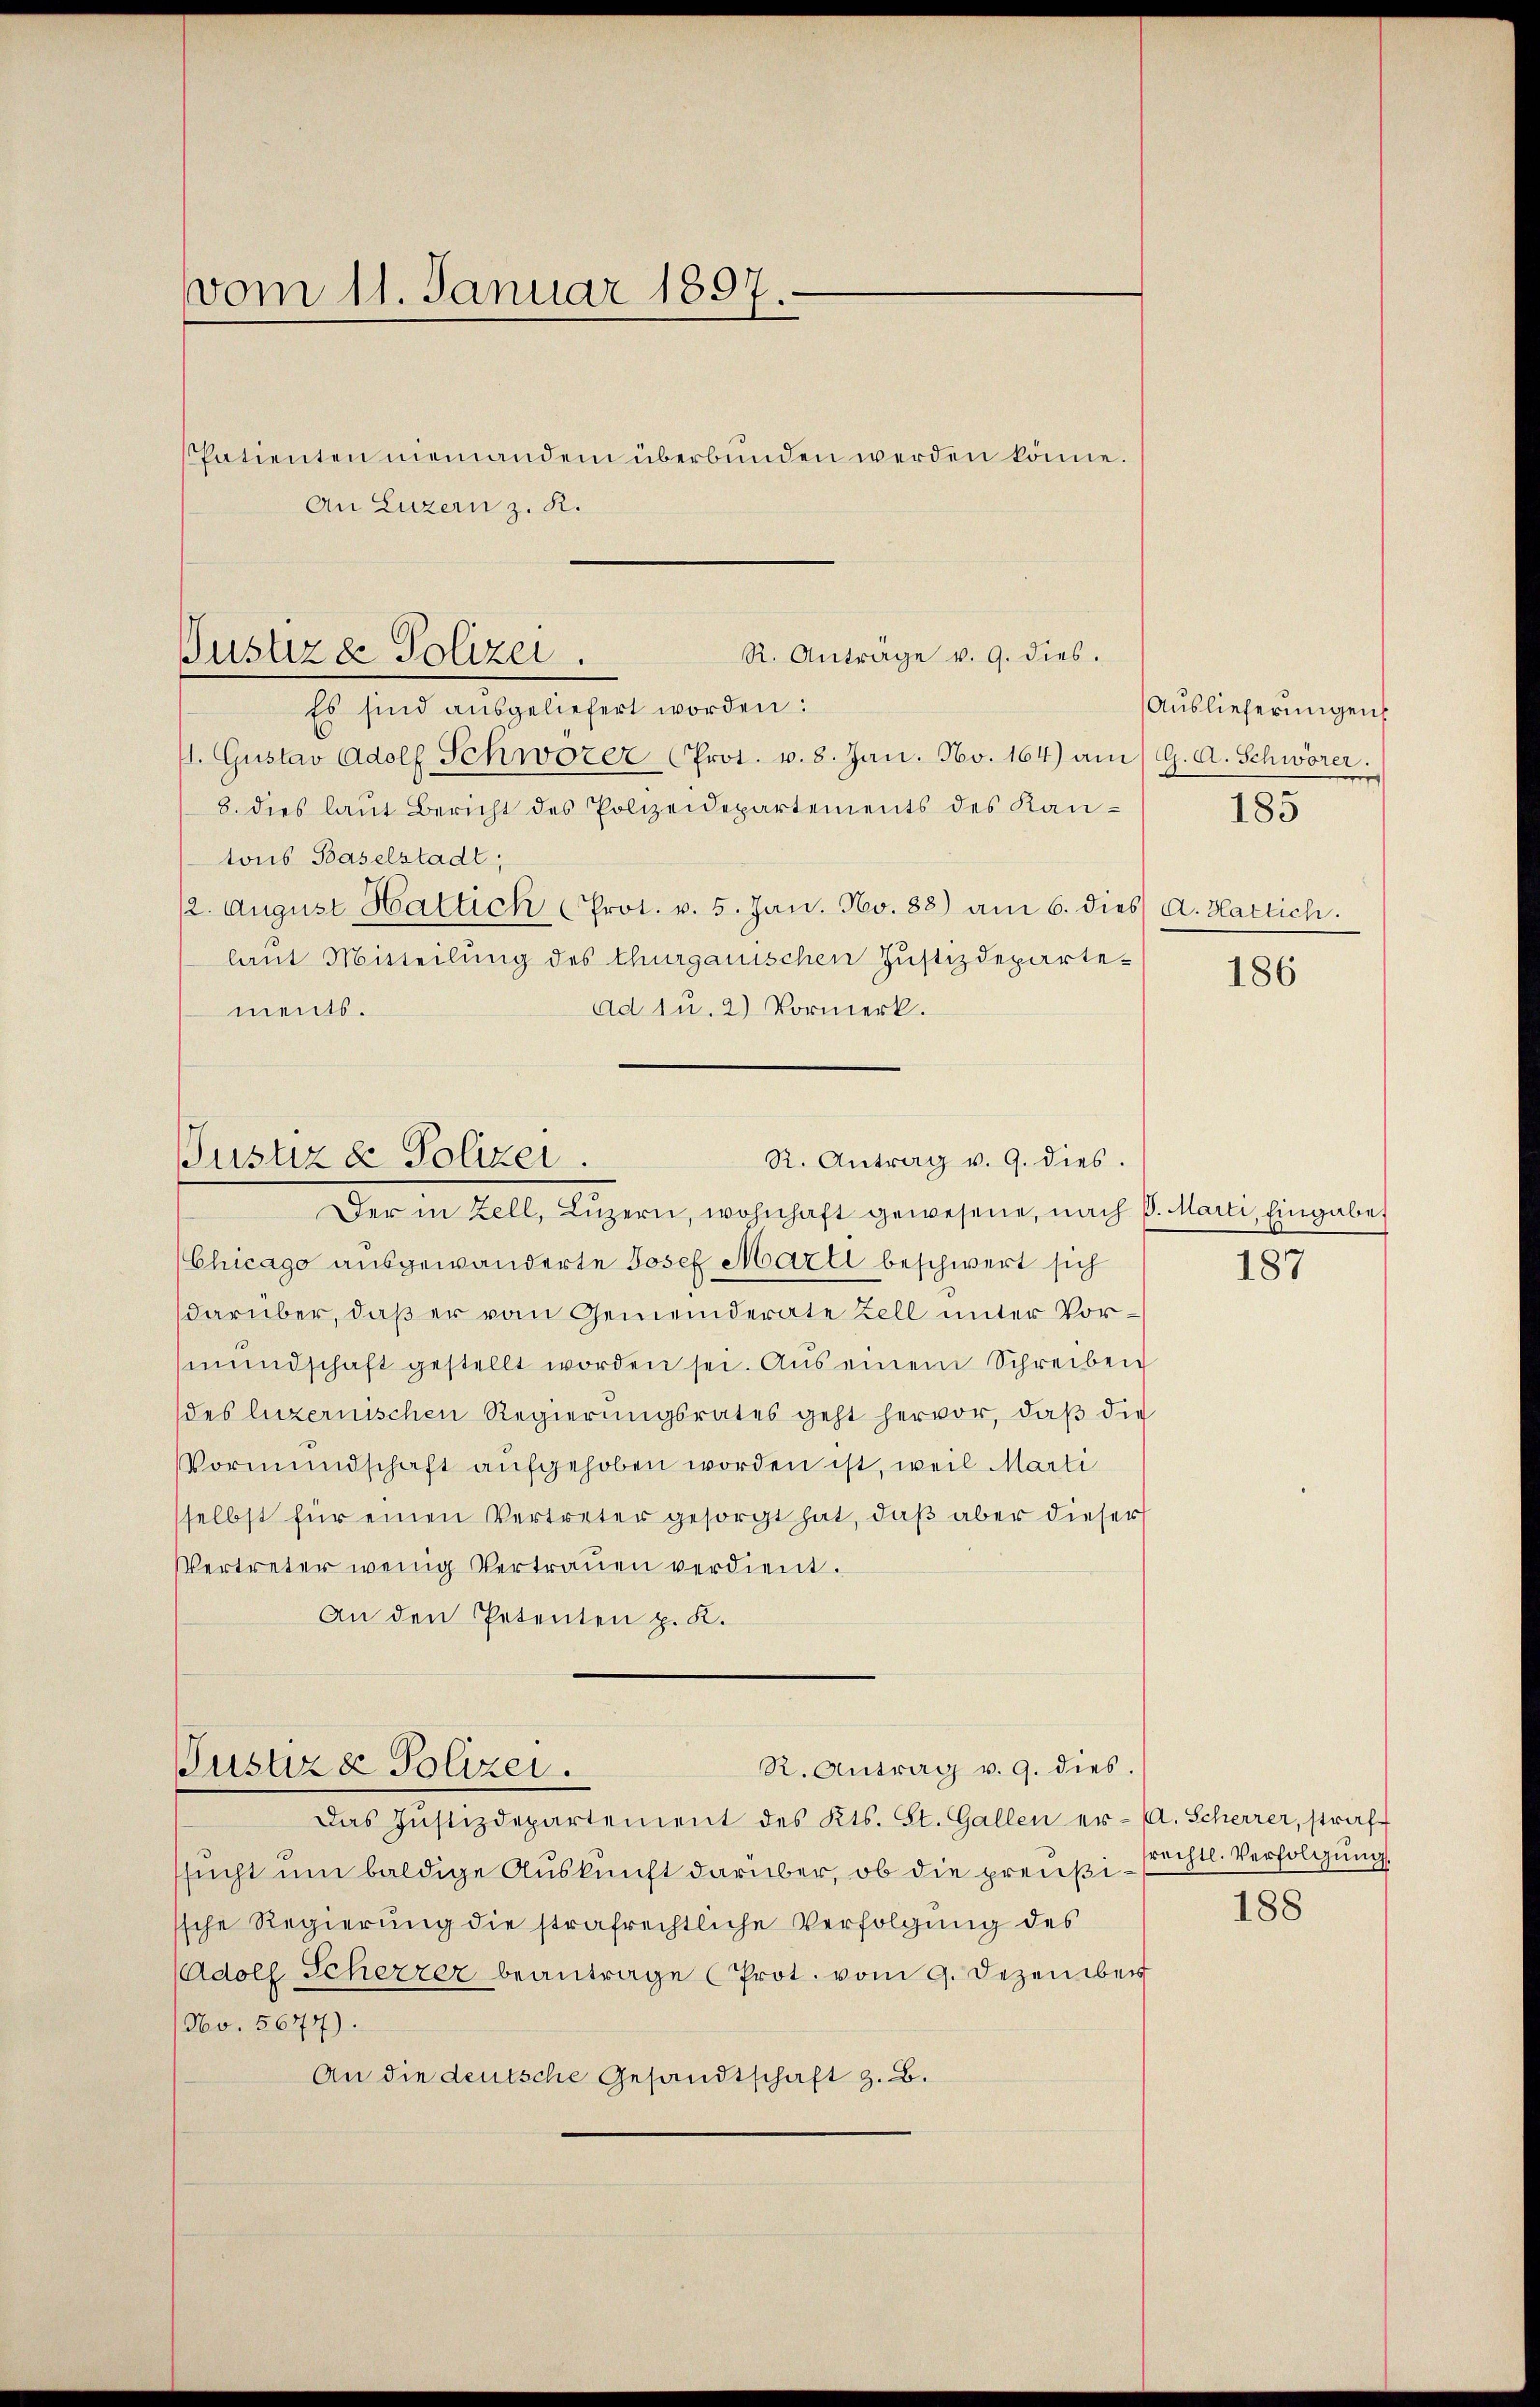
vom 11. Januar 1897.

Patienten niemanden überbunden werden könne.
An Luzern z. R.

R. Anträge v. 9. dies.
Pustiza Polizei.

Es sind ausgeliefert worden:
/. Gustav Adolf Schwörer (Prot. v. 8. Jan. No. 164) am 9. A. Schwörer.
8. dies laŭt Bericht des Polizeidepartements des Kantons Baselstadt,
12. Aŭgŭst Haltich (Prot. v. 5. Jan. No. 88) am 6. dies
laut Mitteilung des Thurgauischen Justizdepartead u. 2) Vormerk.
ments.
Der in Zell, Lŭzern, wohnhaft gewesene, nach P. Marti, Eingabet
Chicago ausgewanderte Josef Marti beschwert sich
darüber, daß er vom Gemeinderate Zell unter Vormŭndschaft gestellt worden sei. Aus einem Schreiben
des luzernischen Regierungsrates geht hervor, daβ die
Vormundschaft aufgehoben worden ist, weil Marti
selbst für einen Vertreter gesorgt hat, daβ aber dieser
Vertreter wenig Vertrauen verdient.
An den Petenten p. K.
R. Antrag v. 9. dies.
Justiza Polizei.
Das Justizdepartement des Kts. St. Gallen er- A. Scherrer, straf-
sucht um baldige Auskunft darüber, ob die preußissche Regierung die strafrechtliche Verfolgung des
Adolf Scherzer beantrage (Prot. vom 9. Dezember
No. 5677).
An die deutsche Gesandtschaft z. B.

R. Antrag v. 9. dies.
Justiz & Polizei.

Auslieferungen
183

Hatlich.

186

187

srechtl. Verfolgung.
188